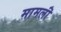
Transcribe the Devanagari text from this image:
मामलॊं